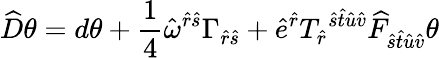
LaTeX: \widehat{D}\theta=d\theta+\frac{1}{4}\hat{\omega}^{\hat{r}\hat{s}}\Gamma_{\hat{r}\hat{s}}+\hat{e}^{\hat{r}}T_{\hat{r}}{}^{\hat{s}\hat{t}\hat{u}\hat{v}}\widehat{F}_{\hat{s}\hat{t}\hat{u}\hat{v}}\theta